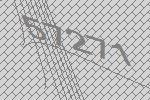
57271